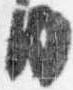
内